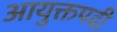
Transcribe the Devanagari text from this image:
आयुक्तपदी